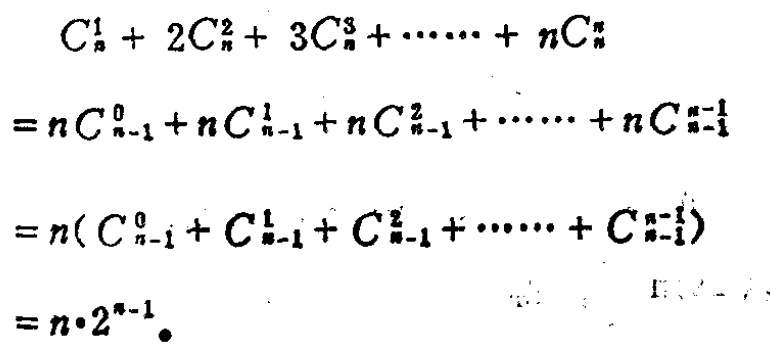
\[

\begin{align*}

C_{n}^{1}+2C_{n}^{2}+3C_{n}^{3}+\cdots +nC_{n}^{n}&=nC_{n - 1}^{0}+nC_{n - 1}^{1}+nC_{n - 1}^{2}+\cdots +nC_{n - 1}^{n - 1}\\

&=n(C_{n - 1}^{0}+C_{n - 1}^{1}+C_{n - 1}^{2}+\cdots +C_{n - 1}^{n - 1})\\

&=n\cdot2^{n - 1}

\end{align*}

\]